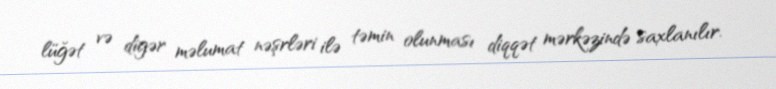
lüğət və digər məlumat nəşrləri ilə təmin olunması diqqət mərkəzində saxlanılır.